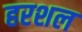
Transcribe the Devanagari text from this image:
हरशल